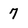
Character: 7